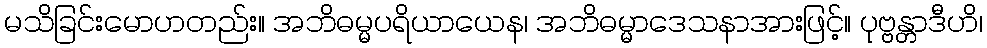
မသိခြင်းမောဟတည်း။ အဘိဓမ္မပရိယာယေန၊ အဘိဓမ္မာဒေသနာအားဖြင့်။ ပုဗ္ဗန္တာဒီဟိ၊